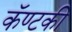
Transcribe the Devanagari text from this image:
कॅण्टकी